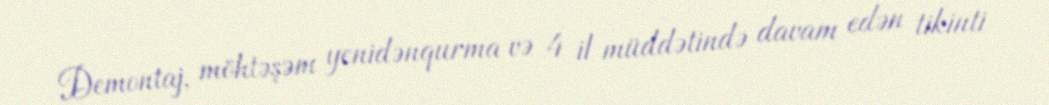
Demontaj, möhtəşəm yenidənqurma və 4 il müddətində davam edən tikinti